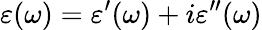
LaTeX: \varepsilon(\omega)=\varepsilon^{\prime}(\omega)+i\varepsilon^{\prime\prime}(\omega)